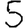
Digit: 5